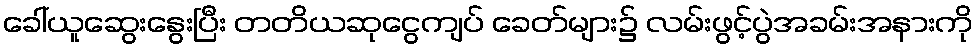
ခေါ်ယူဆွေးနွေးပြီး တတိယဆုငွေကျပ် ခေတ်များ၌ လမ်းဖွင့်ပွဲအခမ်းအနားကို